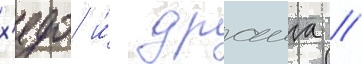
х'едо и́ драига //